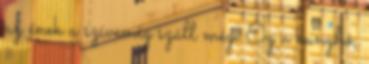
az ének a szívemig száll még. Ég a kunyhó,